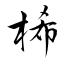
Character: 桸